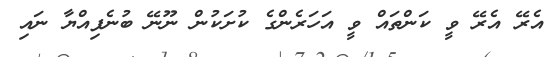
އެރޭ އެރޭ ވީ ކަންތައް ވީ އަހަރެންގެ ކުށަކުން ނޫނޭ ބުނެފިއްޔާ ނައި